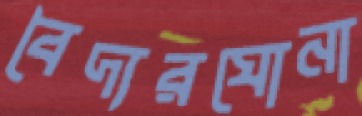
বৈদ্যরঘোনা